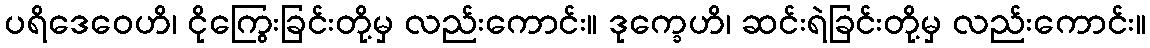
ပရိဒေဝေဟိ၊ ငိုကြွေးခြင်းတို့မှ လည်းကောင်း။ ဒုက္ခေဟိ၊ ဆင်းရဲခြင်းတို့မှ လည်းကောင်း။